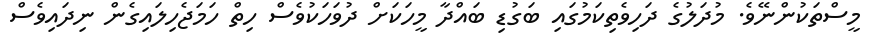
މީސްތަކުންނޭވެ. މުދަލުގެ ދަހިވެތިކަމުގައި ބަގުޑި ބައްދާ މީހަކަށް ދުވަހަކުވެސް ހިތް ހަމަޖެހިލައިގެން ނިދައިވެސް